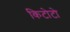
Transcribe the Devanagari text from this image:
किटोटो